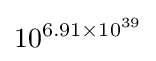
10^{6.91\times 10^{39}}